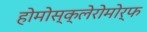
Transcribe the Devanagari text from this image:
होमोस्क्लेरोमोर्फ